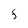
Character: F